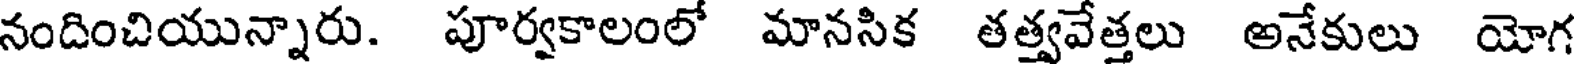
నందించియున్నారు. పూర్వకాలంలో మానసిక తత్వవేత్తలు అనేకులు యోగ